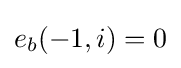
e_{b}(-1,i)=0\,\!